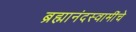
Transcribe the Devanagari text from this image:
ब्रह्मानंदस्वामींचे